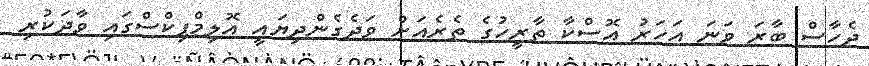
ދެހާސް ބާރަ ވަނަ އަހަރު އޮސްކާ ތާރީހުގެ ތެރެއަށް ވަދެގެންދިޔައީ އޮލިމްޕިކްސްގައި ވާދަކުރި